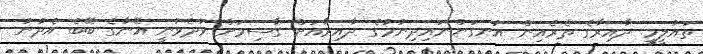
ތައުލީމީ ދާއިރާގެ ތެރެއިން އުނގަންނައިދިނުމުގެ ދާއިރާއަށް ގާސިމަށް ވަދެވުނީ އޭނާގެ ބޭބެ އެދުނު